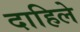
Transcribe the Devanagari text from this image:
दाहिले